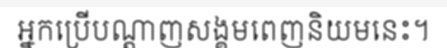
អ្នកប្រើបណ្តាញសង្គមពេញនិយមនេះ។